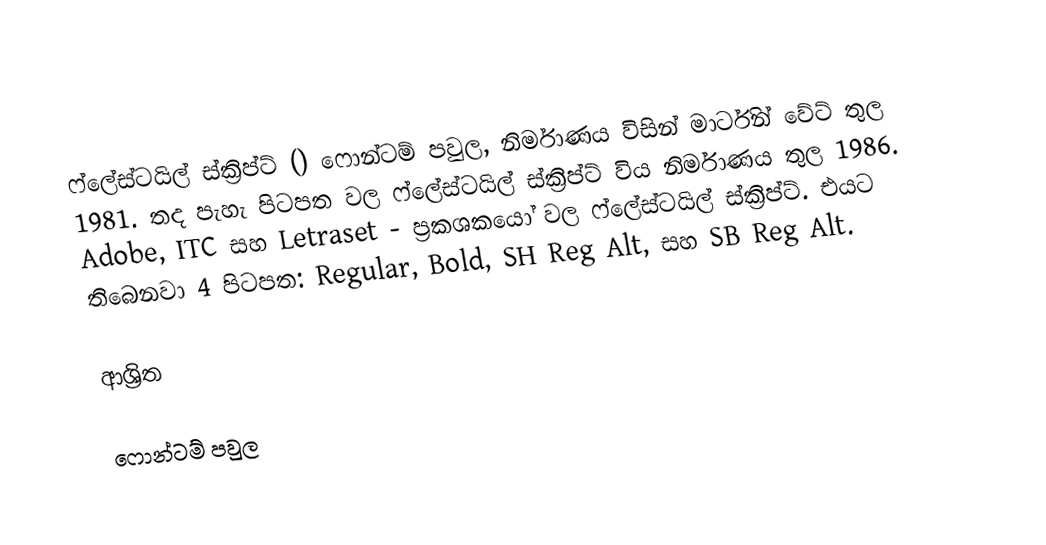
ෆ්ලේස්ටයිල් ස්ක්‍රිප්ට් () ෆොන්ටම් පවුල, නිර්මාණය විසින් මාර්ටින් වේට් තුල 1981. තද පැහැ පිටපත වල ෆ්ලේස්ටයිල් ස්ක්‍රිප්ට් විය නිර්මාණය තුල 1986. Adobe, ITC සහ Letraset - ප්‍රකශකයෝ වල ෆ්ලේස්ටයිල් ස්ක්‍රිප්ට්. එයට තිබෙනවා 4 පිටපත: Regular, Bold, SH Reg Alt, සහ SB Reg Alt.

ආශ්‍රිත

ෆොන්ටම් පවුල